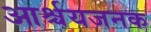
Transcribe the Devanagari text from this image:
आर्श्चयजनक